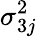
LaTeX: \sigma_{3j}^{2}